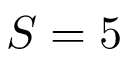
S = 5